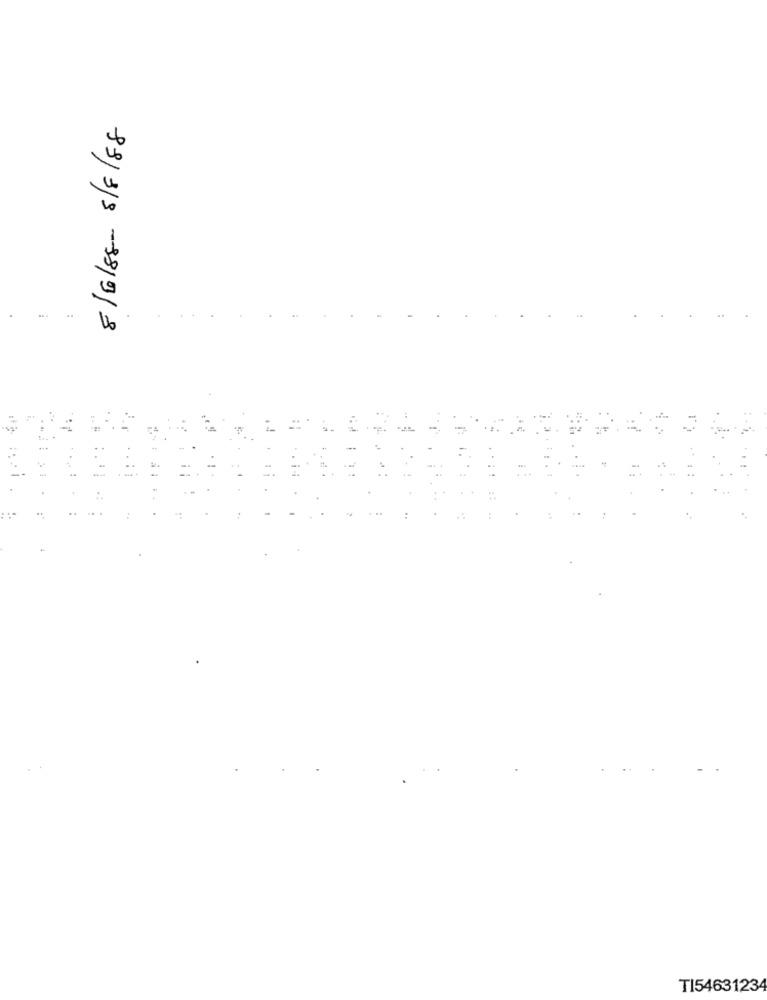
8/6/88- 8/8/88
..
-
. ..
TI54631234